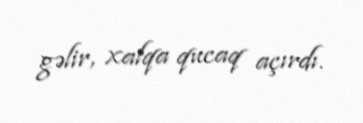
gəlir, xalqa qucaq açırdı.